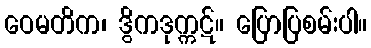
ဝေမတိက၊ ဒွိကဒုက္ကဋ်။ ပြောပြစမ်းပါ။